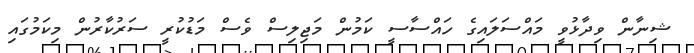
ޝިނާން ވިދާޅުވީ މައްސަލައިގެ ހައްސާސީ ކަމުން މަޖިލިސް ވެސް މަޑުކުރީ ސަރުކާރުން މިކަމުގައި